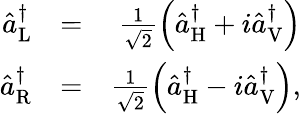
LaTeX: \begin{array}{rlr}{\hat{a}_{\mathrm{L}}^{\dagger}}&{=}&{\frac{1}{\sqrt{2}}\left(\hat{a}_{\mathrm{H}}^{\dagger}+i\hat{a}_{\mathrm{V}}^{\dagger}\right)}\\ {\hat{a}_{\mathrm{R}}^{\dagger}}&{=}&{\frac{1}{\sqrt{2}}\left(\hat{a}_{\mathrm{H}}^{\dagger}-i\hat{a}_{\mathrm{V}}^{\dagger}\right),}\end{array}